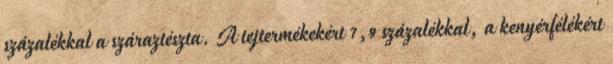
százalékkal a száraztészta. A tejtermékekért 7,9 százalékkal, a kenyérfélékért